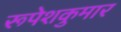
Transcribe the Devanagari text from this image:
रूपेशकुमार